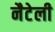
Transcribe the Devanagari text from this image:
नैटेली